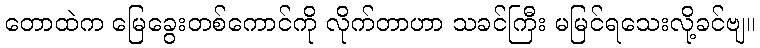
တောထဲက မြေခွေးတစ်ကောင်ကို လိုက်တာဟာ သခင်ကြီး မမြင်ရသေးလို့ခင်ဗျ။